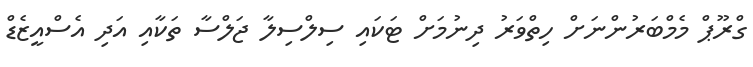
ގްރޫޕް މެމްބަރުންނަށް ހިތްވަރު ދިނުމަށް ޓަކައި ސިލްސިލާ ޖަލްސާ ތަކާއި އަދި އެސްއީޒެޑް